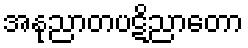
အနုညာတပဋိညာတော